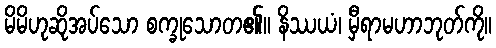
မိမိဟုဆိုအပ်သော စက္ခုသောတ၏။ နိဿယံ၊ မှီရာမဟာဘုတ်ကို။